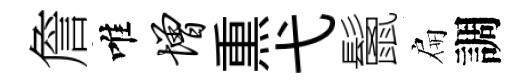
詹唯增𤋱弋鬛扁調